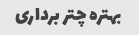
بهتره چتر برداری